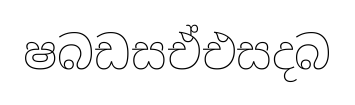
ෂබඩසඒඑසදබ